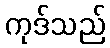
ကုဒ်သည်